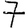
Digit: 7